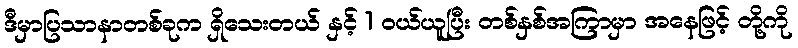
ဒီမှာပြသာနာတစ်ခုက ရှိသေးတယ် နှင့် 1 ဝယ်ယူပြီး တစ်နှစ်အကြာမှာ အနေဖြင့် တို့ကို